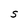
Character: S